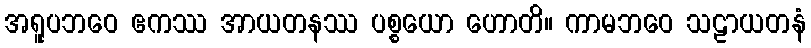
အရူပဘဝေ ဧကဿ အာယတနဿ ပစ္စယော ဟောတိ။ ကာမဘဝေ သဠာယတနံ